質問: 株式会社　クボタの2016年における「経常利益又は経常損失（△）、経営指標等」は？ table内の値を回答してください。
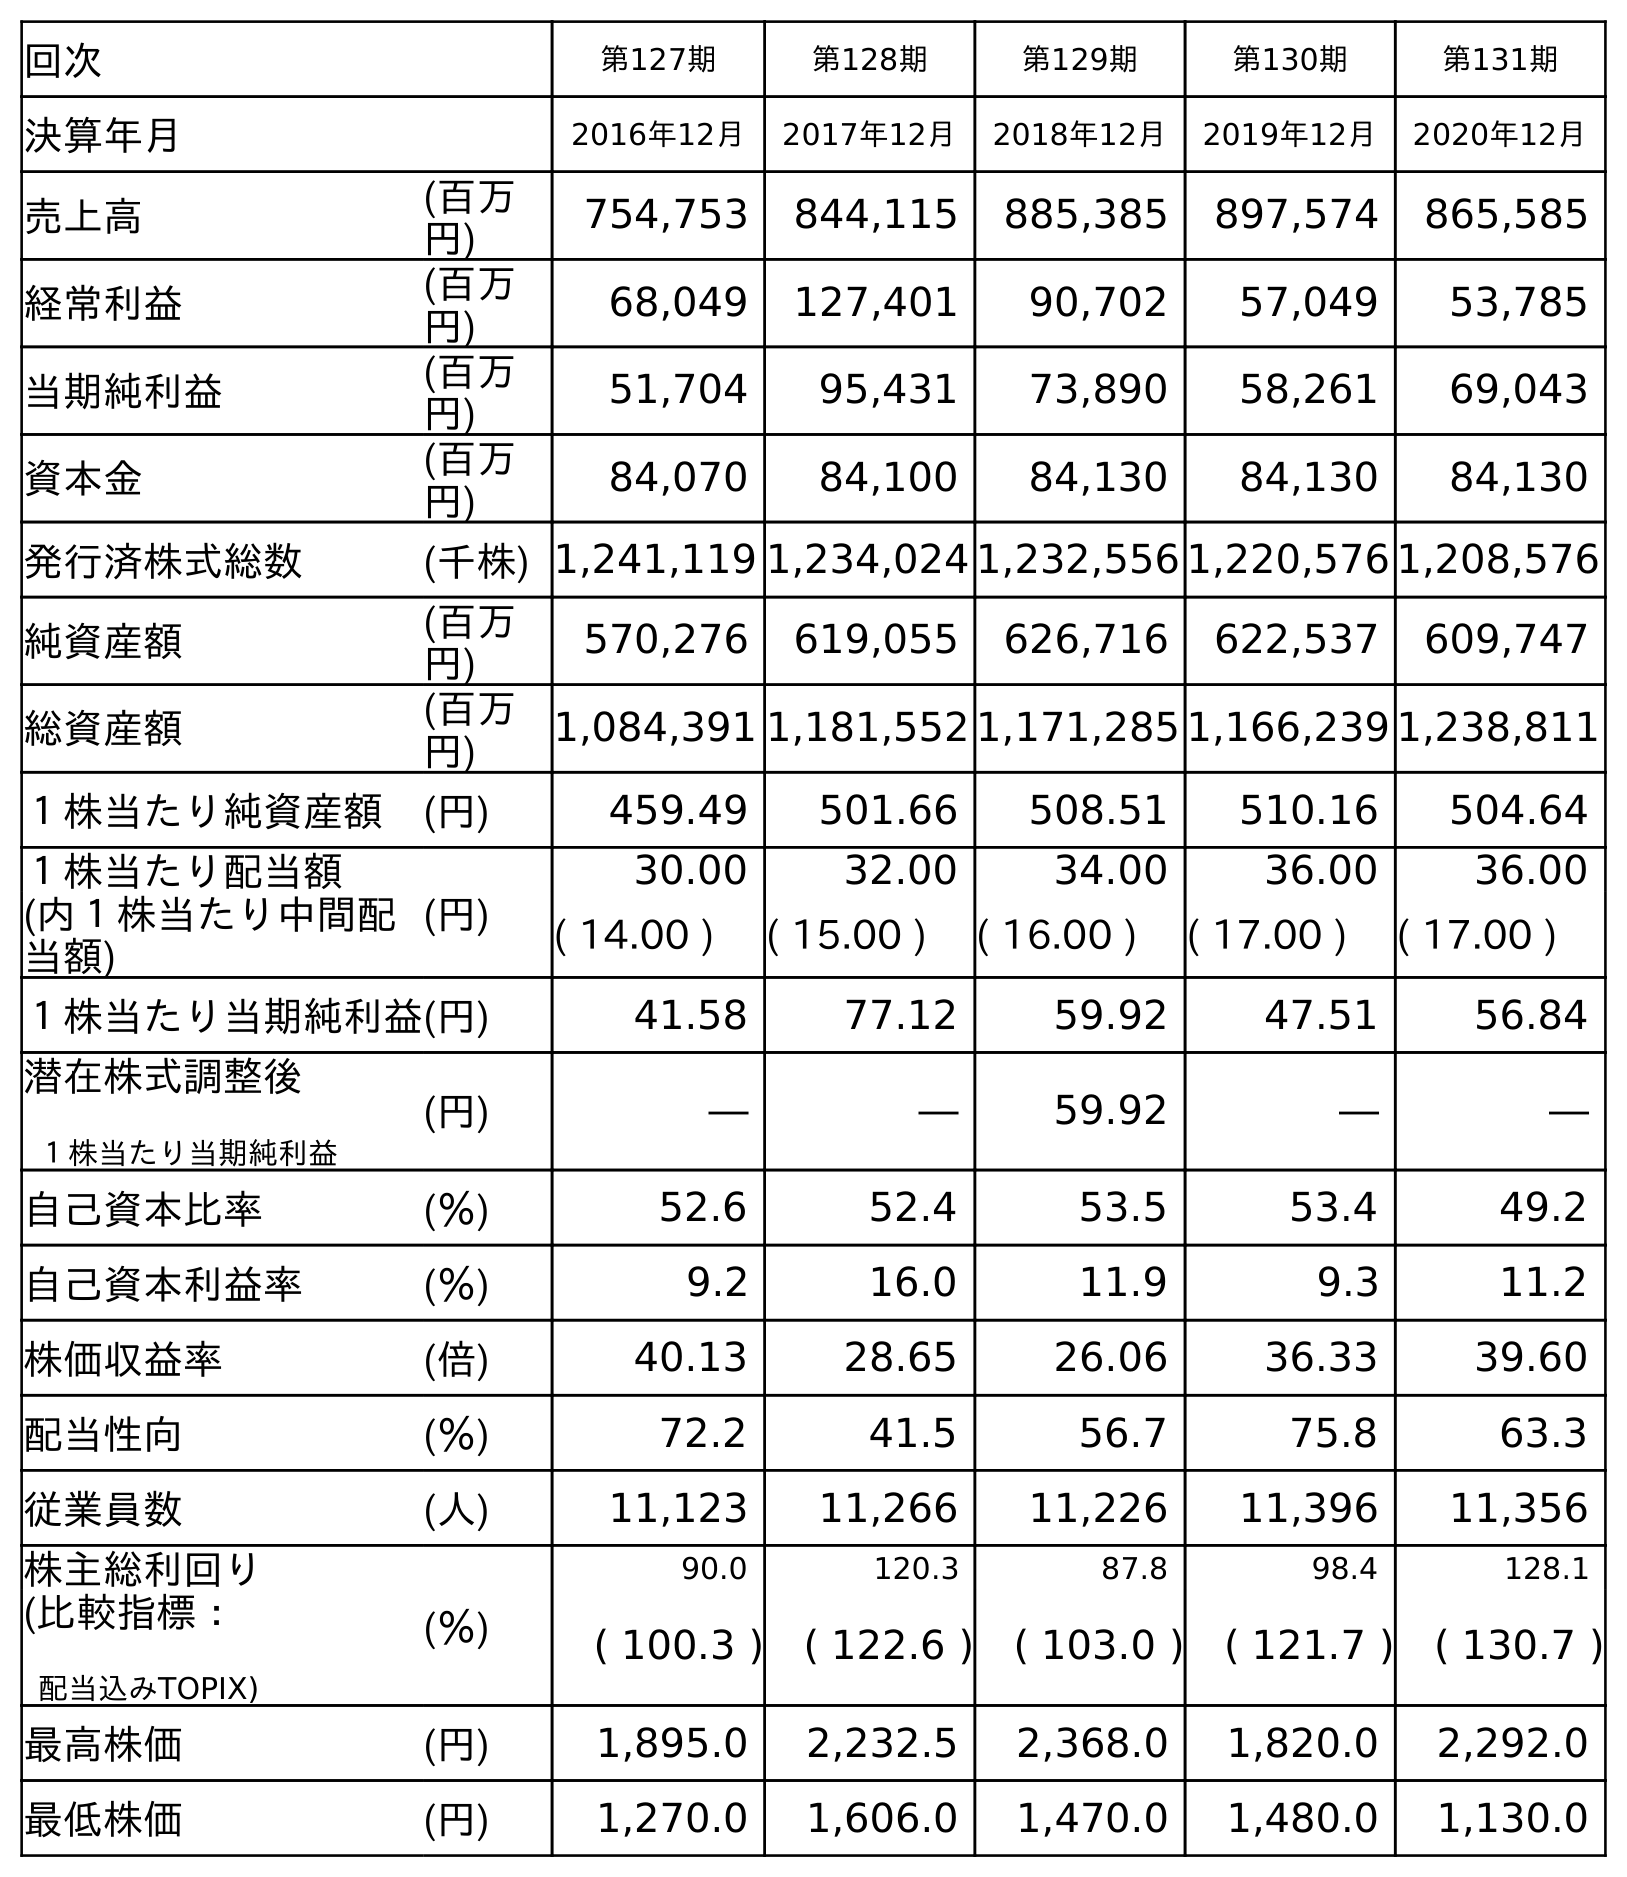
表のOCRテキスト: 回次 第127期 第128期 第129期 第130期 第131期 決算年月 2016年12月 2017年12月 2018年12月 2019年12月 2020年12月 売上高 (百万 円) 754,753 844,115 885,385 897,574 865,585 経常利益 (百万 円) 68,049 127,401 90,702 57,049 53,785 当期純利益 (百万 円) 51,704 95,431 73,890 58,261 69,043 資本金 (百万 円) 84,070 84,100 84,130 84,130 84,130 発行済株式総数 (千株) 1,241,119 1,234,024 1,232,556 1,220,576 1,208,576 純資産額 (百万 円) 570,276 619,055 626,716 622,537 609,747 総資産額 (百万 円) 1,084,391 1,181,552 1,171,285 1,166,239 1,238,811 １株当たり純資産額 (円) 459.49 501.66 508.51 510.16 504.64 １株当たり配当額 (円) 30.00 32.00 34.00 36.00 36.00 (内１株当たり中間配 当額) ( 14.00 ) ( 15.00 ) ( 16.00 ) ( 17.00 ) ( 17.00 ) １株当たり当期純利益(円) 41.58 77.12 59.92 47.51 56.84 潜在株式調整後 １株当たり当期純利益 (円) ― ― 59.92 ― ― 自己資本比率 (％) 52.6 52.4 53.5 53.4 49.2 自己資本利益率 (％) 9.2 16.0 11.9 9.3 11.2 株価収益率 (倍) 40.13 28.65 26.06 36.33 39.60 配当性向 (％) 72.2 41.5 56.7 75.8 63.3 従業員数 (人) 11,123 11,266 11,226 11,396 11,356 株主総利回り (％) 90.0 120.3 87.8 98.4 128.1 (比較指標： 配当込みTOPIX) ( 100.3 ) ( 122.6 ) ( 103.0 ) ( 121.7 ) ( 130.7 ) 最高株価 (円) 1,895.0 2,232.5 2,368.0 1,820.0 2,292.0 最低株価 (円) 1,270.0 1,606.0 1,470.0 1,480.0 1,130.0
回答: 68,049